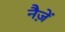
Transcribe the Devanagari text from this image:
नैज़ें